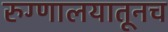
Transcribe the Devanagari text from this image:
रुग्णालयातूनच